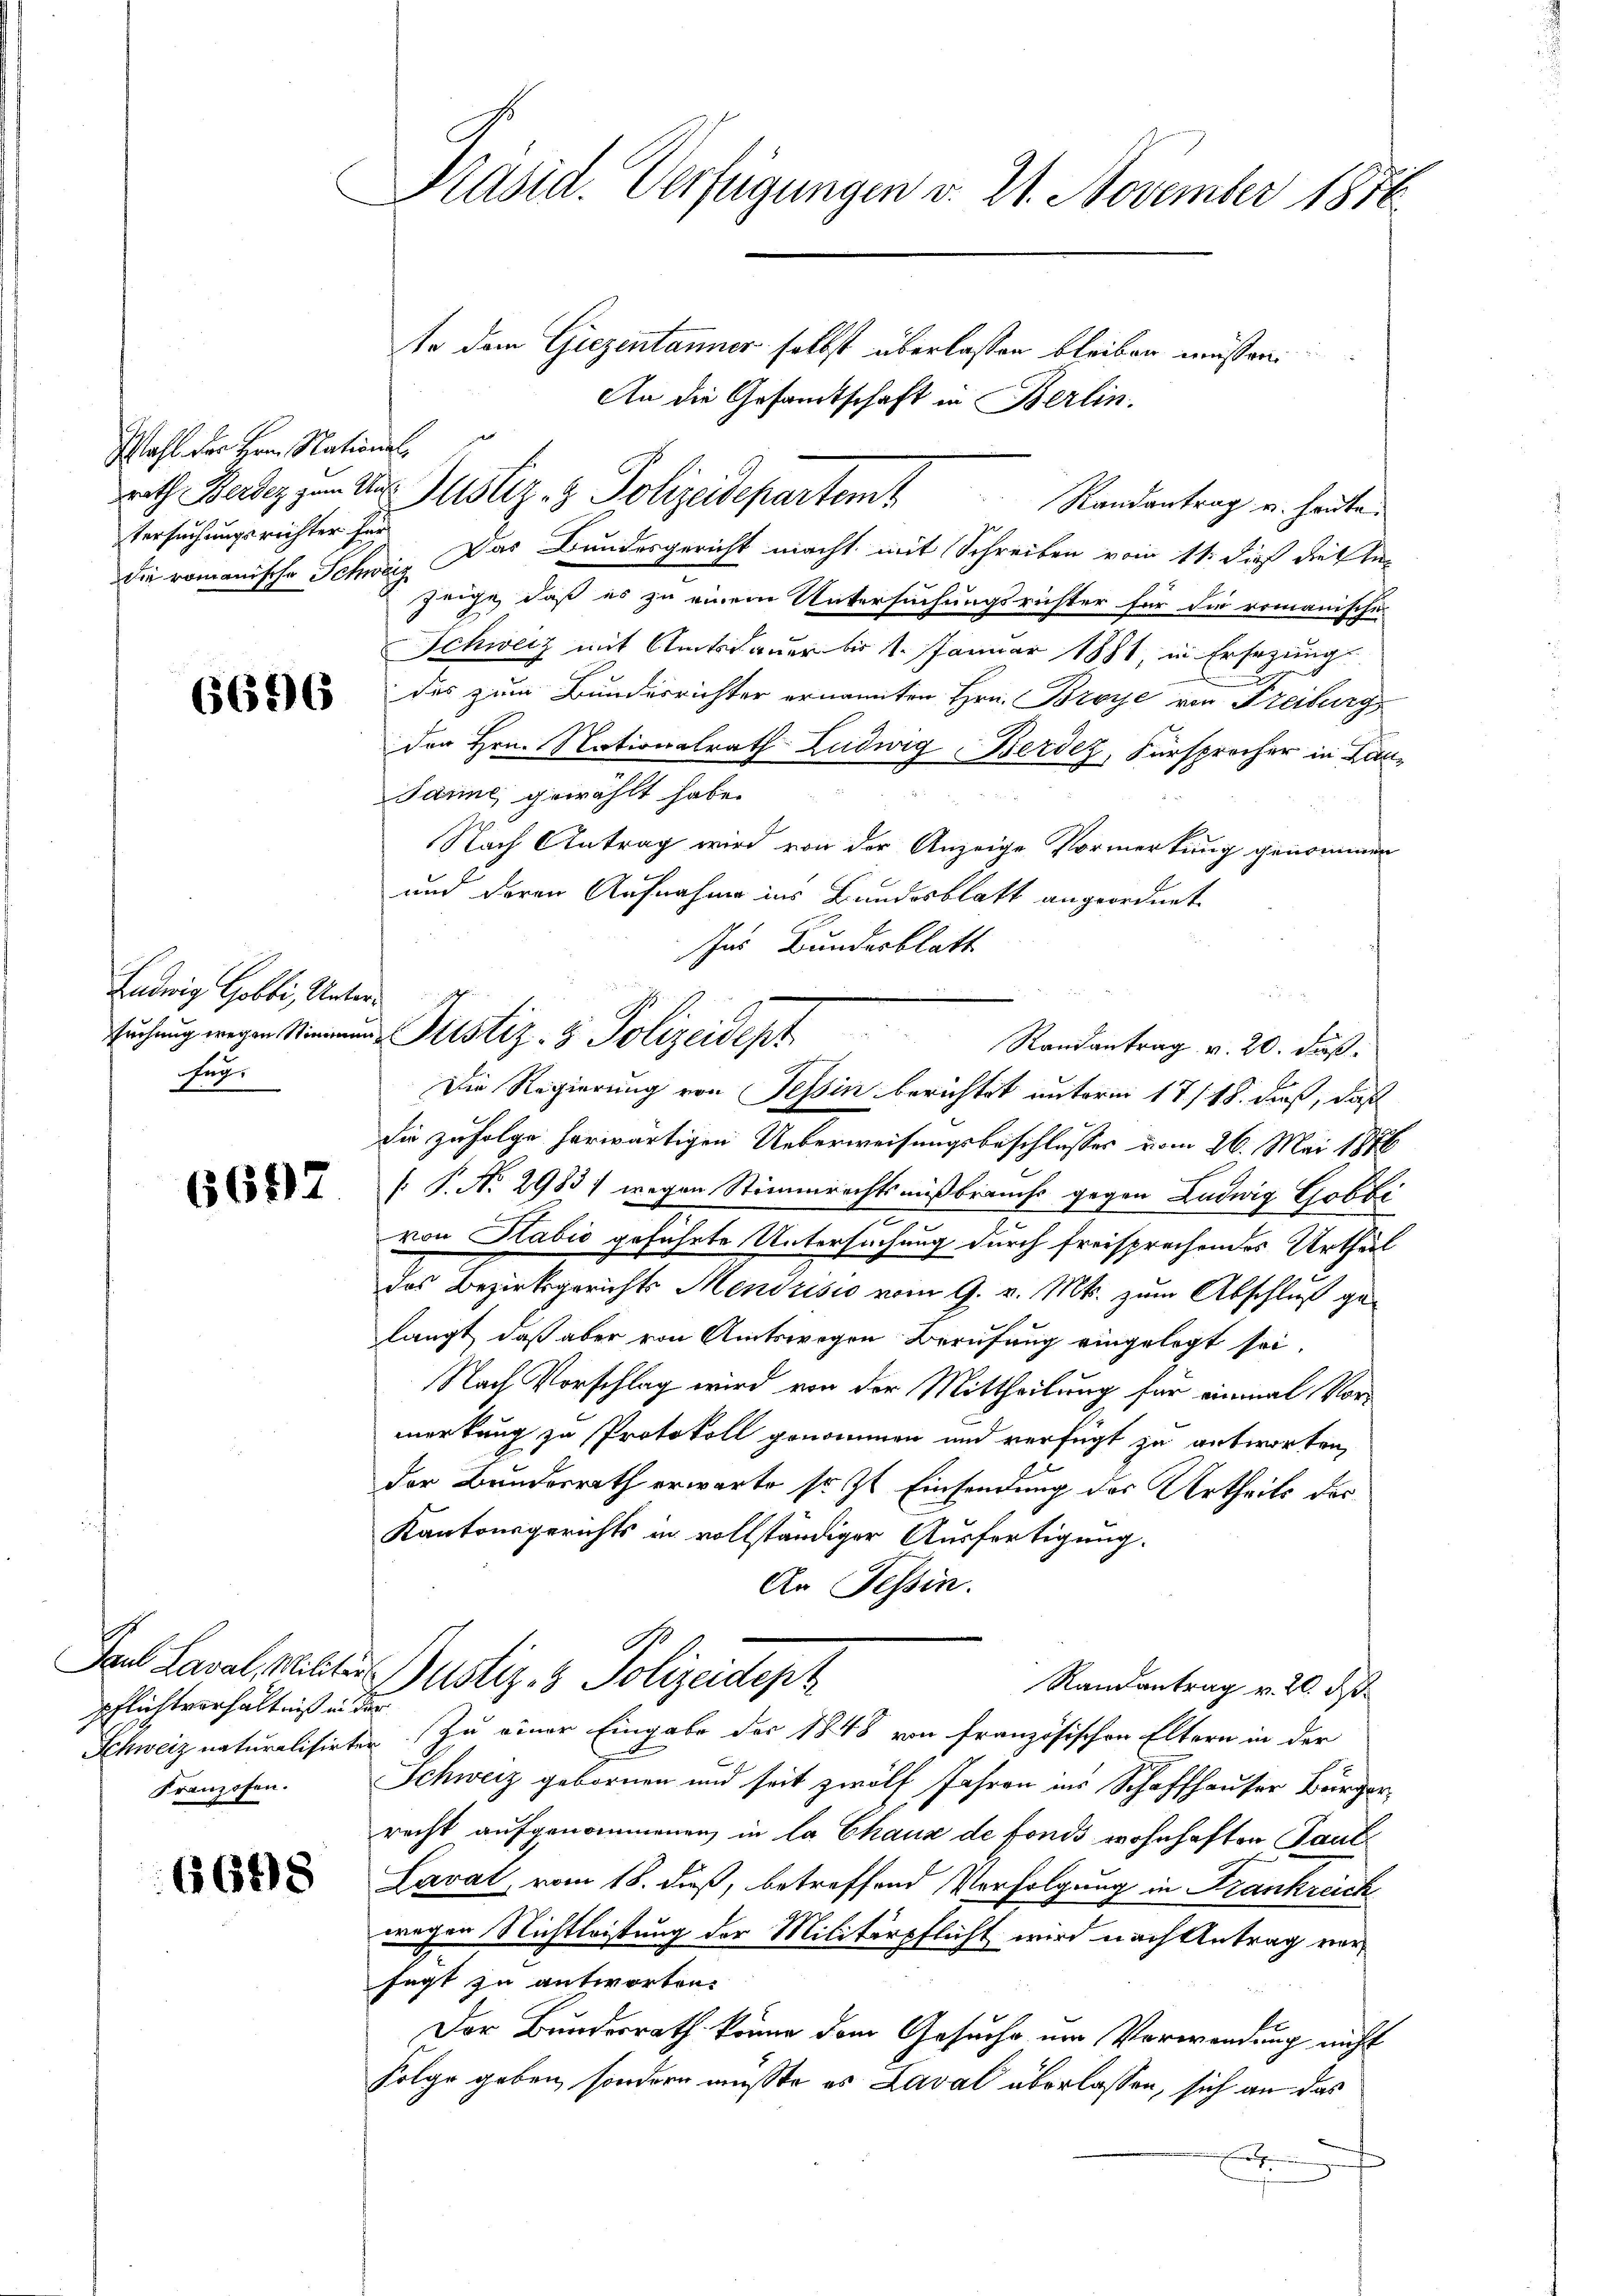
Wahl der Hrn. National,
tersuchungsrichter für

Ludwig Gobbi, Unterfüg

6657

pflichtverhältniß in der
Franzosen.

6648

Präsid. Verfügungen v. 21. November 1876

te dem Giezentanner selbst überlassen bleiben müssen,
An die Gesandtschaft in Berlin.
die romanische Schweiz das Bundesgericht macht mit Schreiben vom 11. dieß die Anzeige, daß es zu einem Untersuchungsrichter für die romanische
Schweiz mit Amtsdauer bis 1. Januar 1881, in Ersezungs
 des zum Bunderrichter ernannten Hrn. Broye von Freiburg
den Hrn. Nationalrath Ludwig Berdez, Fürsprocher in Lan¬
Jarme gewählt habe.
Nach Antrag wird von der Anzeige Vormerkung genommen
und deren Aufnahme ins Bundesblatt angeordnet
ses Bundesblatt
x
die zufolge herwärtigen Ueberweisungsbeschlusses vom 26. Mai 1876
[ P. No 2983) wegen Stimmrechtsmißbrauchs gegen Ludwig Gobbi
von Sabić geführte Untersuchung durch freisprechendes Urtheil
das Bezirksgerichts Mendrisis vom 9. v. Mts. zum Abschluß gelangt, daß aber von Amtswegen Berufung eingelegt sei.
Nach Vorschlag wird von der Mittheilung für einmal Vormerkung zu Protokoll genommen und verfügt zu antworten,
der Bundesrath erwarte sr. Zt. Einsendung des Urtheils der
Kantonsgerichts in vollständiger Ausfertigung.
An Tessin.
Paul Laval, weilter Justiz- & Polizeidept
Randantrag v. 20 J.
Schweiz naturalisirten. Zu einer Eingabe der 1848 von französischen Eltern in der
Schweiz gebornen und seit zwölf Jahren ins Schaffhauser Bürgerrecht aufgenommenen in la Chaux de fonds wohnhaften Paul¬
Lavat, vom 18. dieß, betreffend Verfolgung in Frankreich
wegen Nichtleistung der Militärpflicht wird nach Antrag vorsagt zu antworten.
li
Der Bundesrath könne dem Gesuche um Verwendung nicht
Folge geben, sondern müßte es Laval überlassen, sich an das
A

rath Badez zum der Justiz- & Polizeidepartem Randantrag u. heute.

suchung wegen sie Justiz- & Polizeidept
c
Die Regierung von Tessin berichtet unterm 17/18. dieß, daß

Randantrag v. 20. Fuß.